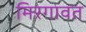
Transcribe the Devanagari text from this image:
मिरगावत